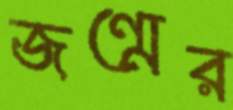
জন্মের